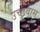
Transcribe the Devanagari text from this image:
उच्छृवास